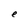
Character: e